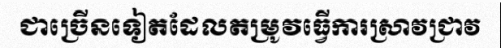
ជាច្រើនទៀតដែលតម្រូវធ្វើការស្រាវជ្រាវ